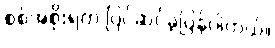
စစ်အစိုးရက ပြင်ဆင်ခဲ့ပြန်ပါတယ်။